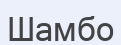
Шамбо